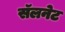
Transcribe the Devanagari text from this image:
सॅलनेट